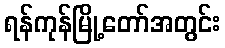
ရန်ကုန်မြို့တော်အတွင်း